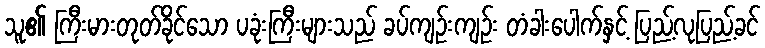
သူ၏ ကြီးမားတုတ်ခိုင်သော ပခုံးကြီးများသည် ခပ်ကျဉ်းကျဉ်း တံခါးပေါက်နှင့် ပြည့်လုပြည့်ခင်